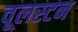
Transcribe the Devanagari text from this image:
वूलस्टन